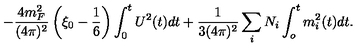
- \frac { 4 m _ { F } ^ { 2 } } { ( 4 \pi ) ^ { 2 } } \left( \xi _ { 0 } - \frac { 1 } { 6 } \right) \int _ { 0 } ^ { t } U ^ { 2 } ( t ) d t + \frac { 1 } { 3 ( 4 \pi ) ^ { 2 } } \sum _ { i } N _ { i } \int _ { o } ^ { t } m _ { i } ^ { 2 } ( t ) d t .